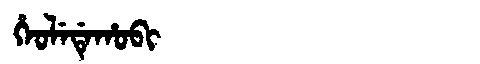
Manchu: ᡥᡝᠣᠯᡝᡩᡝᡥᠣᠪᡳ
Romanization: HEOLEDEHOBI